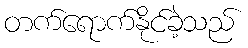
တက်ရောက်နိုင်ခဲ့သည်